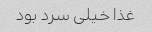
غذا خیلى سرد بود